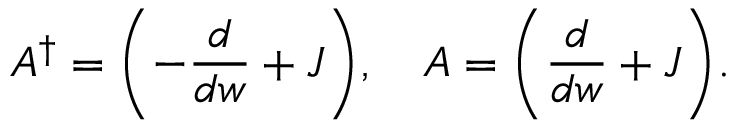
{ \cal A } ^ { \dagger } = \biggl ( - \frac { d } { d w } + { \cal J } \biggr ) , \, \, \, \, \, \, { \cal A } = \biggl ( \frac { d } { d w } + { \cal J } \biggr ) .